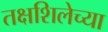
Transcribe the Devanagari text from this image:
तक्षशिलेच्या